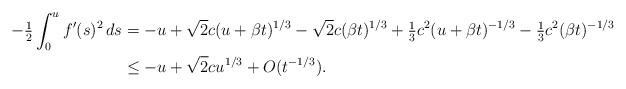
LaTeX: \begin{align*}-\tfrac{1}{2}\int_0^u f'(s)^2 \, ds&=-u+\sqrt 2 c(u+\beta t)^{1/3}-\sqrt 2 c (\beta t)^{1/3} +\tfrac{1}{3}c^2(u+\beta t)^{-1/3}-\tfrac{1}{3}c^2(\beta t)^{-1/3}\\&\le -u+\sqrt 2 c u^{1/3}+O(t^{-1/3}). \end{align*}